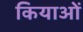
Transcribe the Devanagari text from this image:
कियाओं